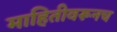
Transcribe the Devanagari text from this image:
माहितीवरूनच